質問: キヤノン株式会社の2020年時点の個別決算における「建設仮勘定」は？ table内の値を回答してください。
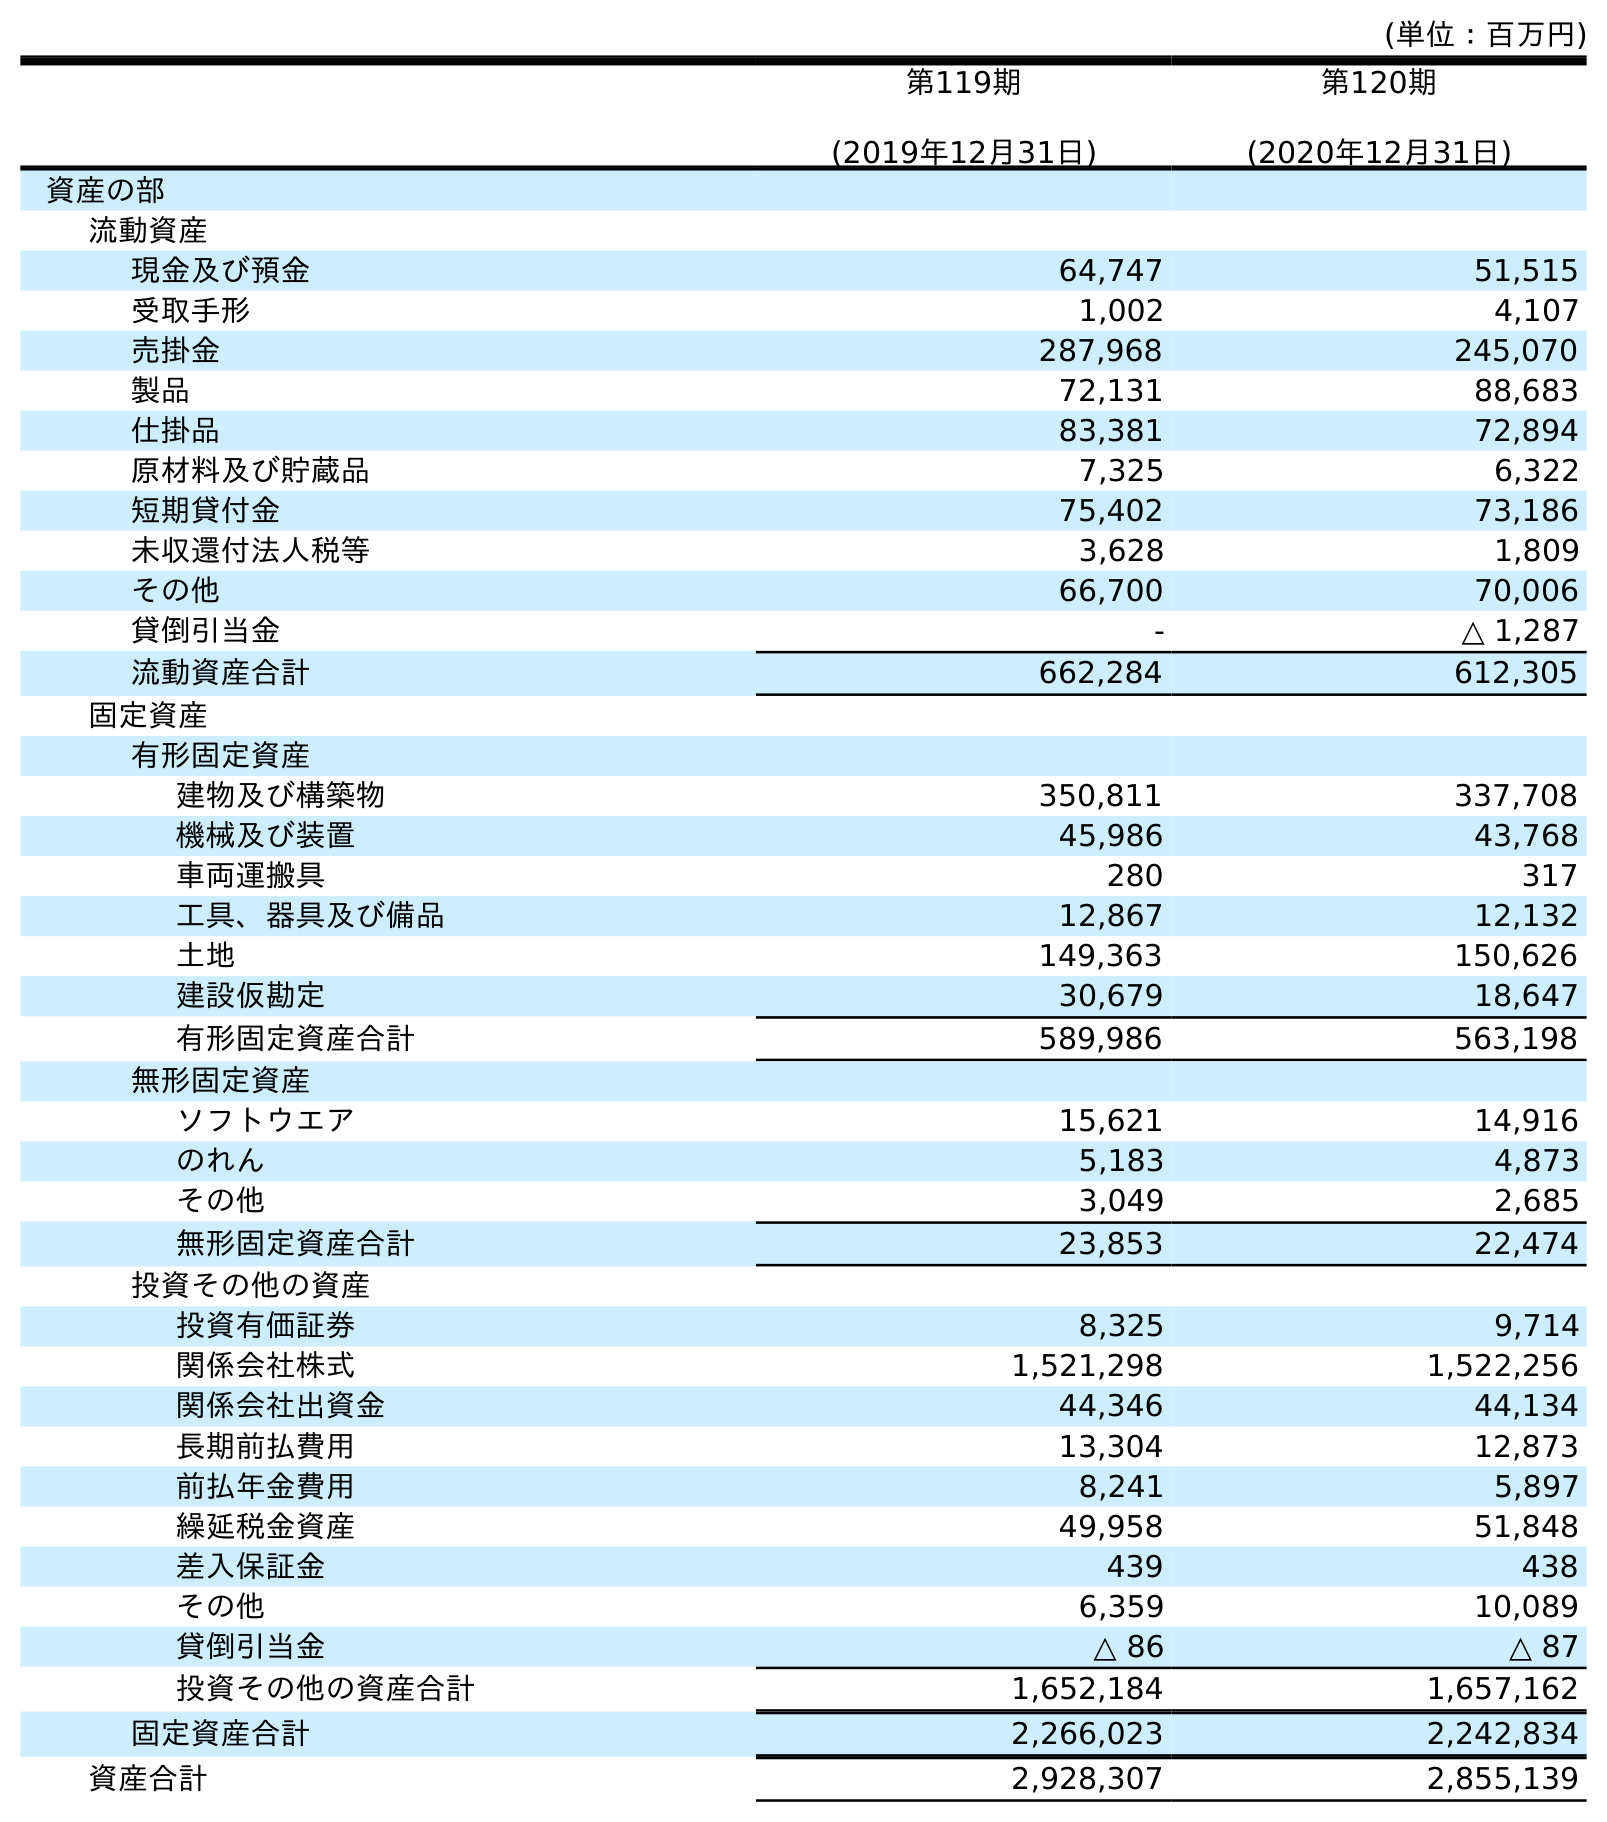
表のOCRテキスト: (単位：百万円) 第119期 (2019年12月31日) 第120期 (2020年12月31日) 資産の部 流動資産 現金及び預金 64,747 51,515 受取手形 1,002 4,107 売掛金 287,968 245,070 製品 72,131 88,683 仕掛品 83,381 72,894 原材料及び貯蔵品 7,325 6,322 短期貸付金 75,402 73,186 未収還付法人税等 3,628 1,809 その他 66,700 70,006 貸倒引当金 - △ 1,287 流動資産合計 662,284 612,305 固定資産 有形固定資産 建物及び構築物 350,811 337,708 機械及び装置 45,986 43,768 車両運搬具 280 317 工具、器具及び備品 12,867 12,132 土地 149,363 150,626 建設仮勘定 30,679 18,647 有形固定資産合計 589,986 563,198 無形固定資産 ソフトウエア 15,621 14,916 のれん 5,183 4,873 その他 3,049 2,685 無形固定資産合計 23,853 22,474 投資その他の資産 投資有価証券 8,325 9,714 関係会社株式 1,521,298 1,522,256 関係会社出資金 44,346 44,134 長期前払費用 13,304 12,873 前払年金費用 8,241 5,897 繰延税金資産 49,958 51,848 差入保証金 439 438 その他 6,359 10,089 貸倒引当金 △ 86 △ 87 投資その他の資産合計 1,652,184 1,657,162 固定資産合計 2,266,023 2,242,834 資産合計 2,928,307 2,855,139
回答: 18,647